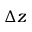
\Delta { z }